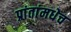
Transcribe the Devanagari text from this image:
प्रांतांमधेच